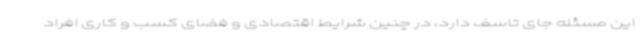
این مسئله جای تاسف دارد، در چنین شرایط اقتصادی و فضای کسب و کاری افراد